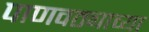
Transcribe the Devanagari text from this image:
पाणवठ्याच्‍या